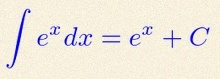
\int e^x dx=e^x+C